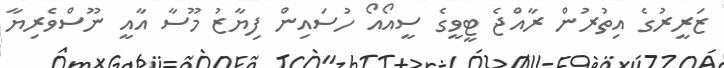
ޒަރީރުގެ އިތުރުން ރާއްޖެ ޓީވީގެ ސީއޯއޯ ހުސައިން ފިޔާޒު މޫސާ އާއީ ނޫސްވެރިޔާ